Vaccine operations Central Provinces 1868-1885 - 1868-1885
Year: 1868
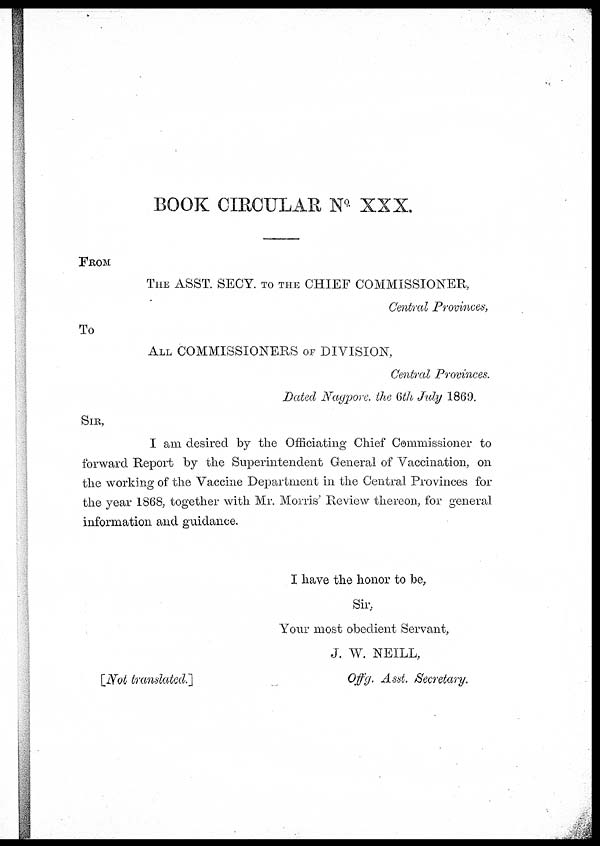
BOOK CIRCULAR No XXX.
FROM
THE ASST. SECY. TO THE CHIEF COMMISSIONER,
Central Provinces,
To
ALL COMMISSIONERS OF DIVISION,
Central Provinces.
Dated Nagpore. the 6th July 1869.
SIR,
I am desired by the Officiating Chief Commissioner to
forward Report by the Superintendent General of Vaccination, on
the working of the Vaccine Department in the Central Provinces for
the year 1868, together with Mr. Morris' Review thereon, for general
information and guidance.
I have the honor to be,
Sir,
Your most obedient Servant,
J. W. NEILL,
[Not translated.]
Offg. Asst. Secretary.